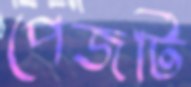
পেজটি